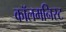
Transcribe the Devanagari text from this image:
कॉलमनिस्ट